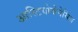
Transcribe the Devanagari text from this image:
आस्टियोजेनेसिस